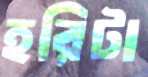
হরিটা